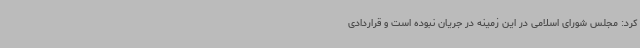
کرد: مجلس شورای اسلامی در این زمینه در جریان نبوده است و قراردادی